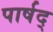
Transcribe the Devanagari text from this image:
पार्षद्